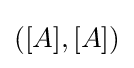
([A],[A])